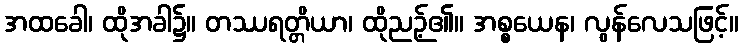
အထခေါ၊ ထိုအခါ၌။ တဿရတ္တိယာ၊ ထိုညဉ့်၏။ အစ္စယေန၊ လွန်လေသဖြင့်။